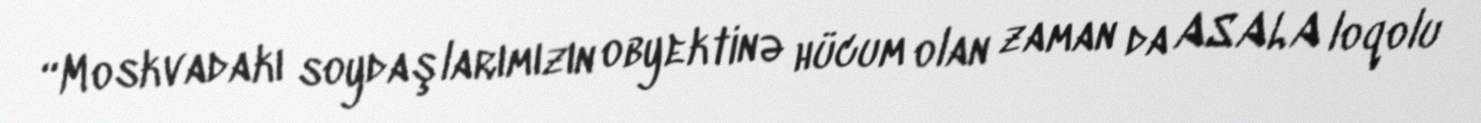
“Moskvadakı soydaşlarımızın obyektinə hücum olan zaman da ASALA loqolu